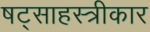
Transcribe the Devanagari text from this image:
षट्साहस्त्रीकार